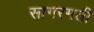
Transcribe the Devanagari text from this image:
सागरमती